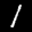
Label: 1